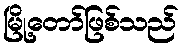
မြို့တော်ဖြစ်သည်